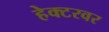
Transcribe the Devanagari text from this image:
हेक्टरवर